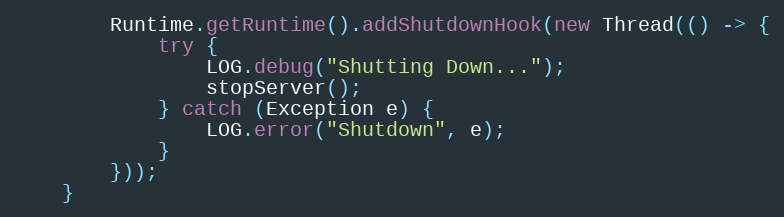
Language: Java
        Runtime.getRuntime().addShutdownHook(new Thread(() -> {
            try {
                LOG.debug("Shutting Down...");
                stopServer();
            } catch (Exception e) {
                LOG.error("Shutdown", e);
            }
        }));
    }